Civil Veterinary Department Bihar reports 1940-50 - 1940-1950
Year: 1940
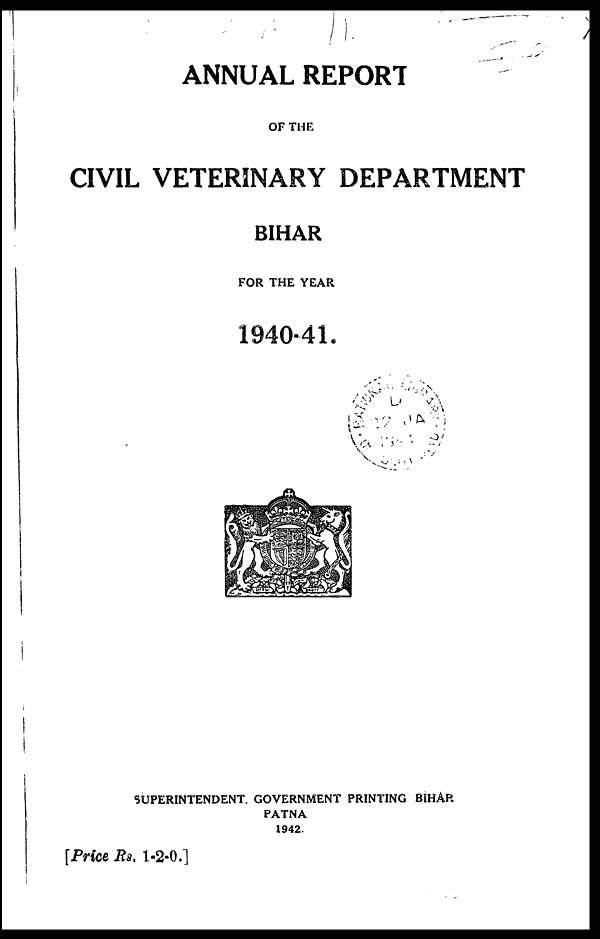
ANNUAL REPORT
OF THE
CIVIL VETERINARY DEPARTMENT
BIHAR
FOR THE YEAR
1940-41.
SUPERINTENDENT GOVERNMENT PRINTING BIHAR
PATNA
1942.
[Price Rs. 1-2-0.]